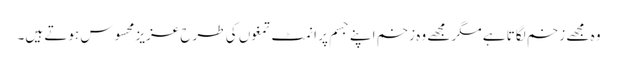
وہ مجھے زخم لگاتا ہے مگر مجھے وہ زخم اپنے جسم پر اَنمٹ تمغوں کی طرح عزیز محسوس ہوتے ہیں۔